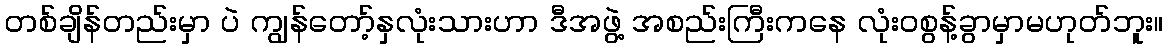
တစ်ချိန်တည်းမှာ ပဲ ကျွန်တော့်နှလုံးသားဟာ ဒီအဖွဲ့ အစည်းကြီးကနေ လုံးဝစွန့်ခွာမှာမဟုတ်ဘူး။